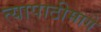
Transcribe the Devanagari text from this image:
त्यापाठीमागे